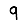
Digit: 9